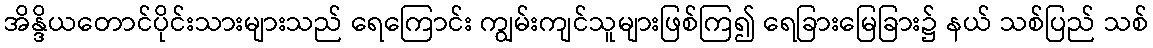
အိန္ဒိယတောင်ပိုင်းသားများသည် ရေကြောင်း ကျွမ်းကျင်သူများဖြစ်ကြ၍ ရေခြားမြေခြား၌ နယ် သစ်ပြည် သစ်